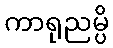
ကာရုညမ္ပိ